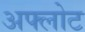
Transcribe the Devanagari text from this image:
अफ्लोट